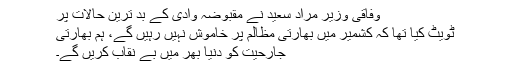
وفاقی وزیر مراد سعید نے مقبوضہ وادی کے بد ترین حالات پر
ٹویٹ کیا تھا کہ کشمیر میں بھارتی مظالم پر خاموش نہیں رہیں گے، ہم بھارتی
جارحیت کو دنیا بھر میں بے نقاب کریں گے۔